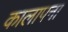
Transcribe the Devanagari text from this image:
कालापना